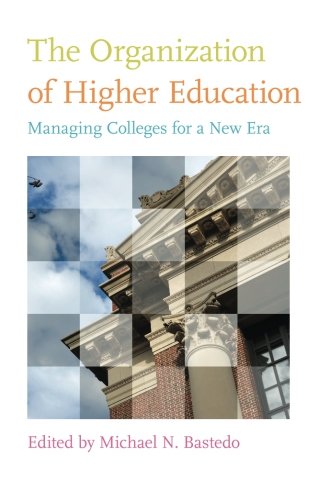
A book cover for The Organization of Higher Education: Managing Colleges for a New Era; Education & Teaching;